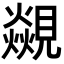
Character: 𮗝